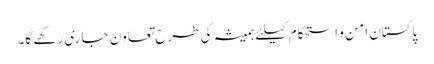
پاکستان امن و استحکام کیلئے ہمیشہ کی طرح تعاون جاری رکھے گا۔